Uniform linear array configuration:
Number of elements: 8
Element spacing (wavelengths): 0.75
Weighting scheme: binomial
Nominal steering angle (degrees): -15
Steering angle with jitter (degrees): -15.302
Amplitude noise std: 0.05
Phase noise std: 0.05

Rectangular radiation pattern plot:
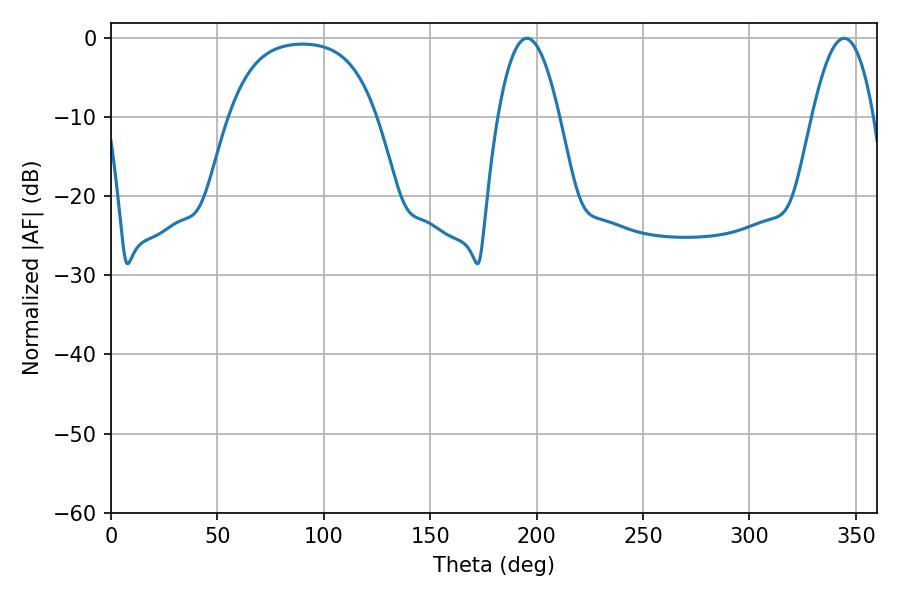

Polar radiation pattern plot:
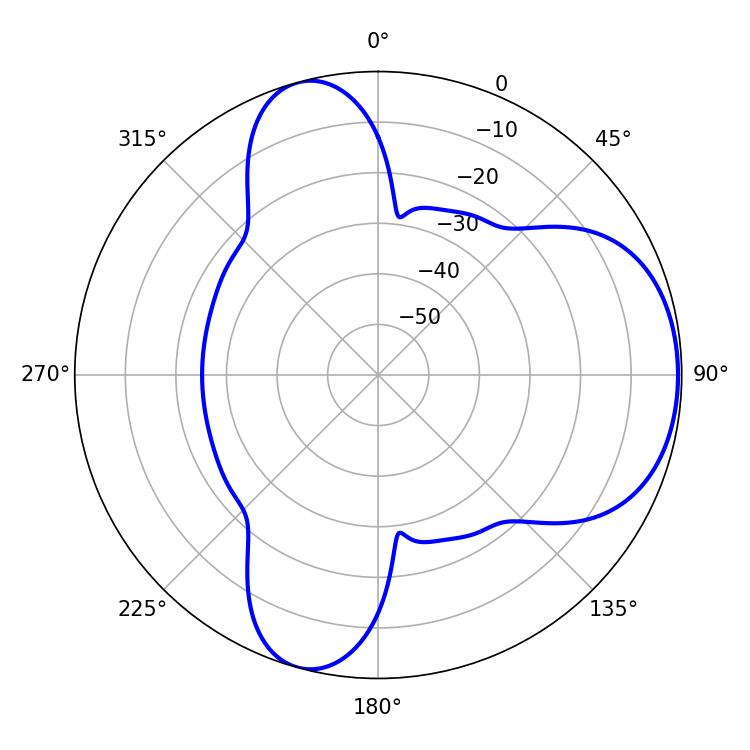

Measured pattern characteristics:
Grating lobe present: TRUE
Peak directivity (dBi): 6.018
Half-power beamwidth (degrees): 15.84
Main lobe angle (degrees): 195.48